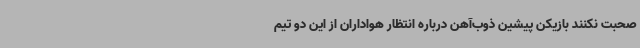
صحبت نکنند بازیکن پیشین ذوب‌آهن درباره انتظار هواداران از این دو تیم